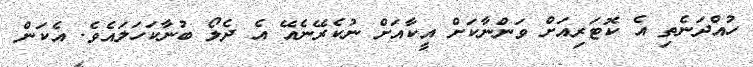
ހުއްދަނެތި އެ ކޮޓަރިއަށް ވަންނާކަށް އީކާއަށް ނުކެރޭނެއޭ އެ ދެލޯ ބުނާކަހަލައެވެ. އެކަން